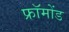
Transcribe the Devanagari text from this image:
फ्रॉमोंड